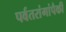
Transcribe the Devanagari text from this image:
पर्वतरांगांपैकी